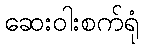
ဆေးဝါးစက်ရုံ